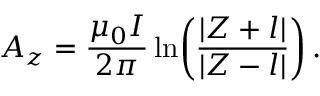
A _ { z } = \frac { \mu _ { 0 } I } { 2 \pi } \ln \! \left( \frac { | Z + l | } { | Z - l | } \right) .